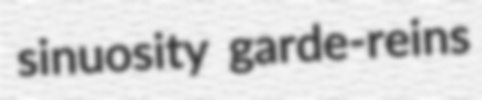
sinuosity garde-reins